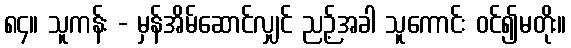
၈၄။ သူကန်း - မှန်အိမ်ဆောင်လျှင် ညဉ့်အခါ သူကောင်း ဝင်၍မတိုး။